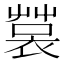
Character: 𧛬